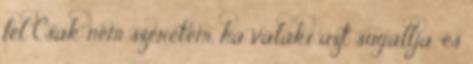
fel Csak nem szeretem, ha valaki azt sugallja, és